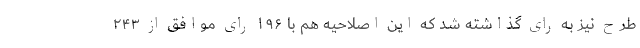
طرح نیز به رای گذاشته شد که این اصلاحیه هم با ۱۹۶ رای موافق از ۲۴۳